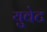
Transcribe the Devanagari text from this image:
युवेट